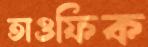
তাওফিক